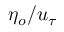
\eta _ { o } / u _ { \tau }